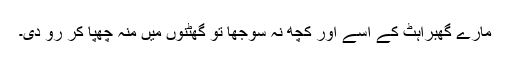
مارے گھبراہٹ کے اسے اور کچھ نہ سوجھا تو گھٹنوں میں منہ چھپا کر رو دی۔